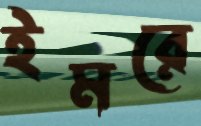
ইমরে